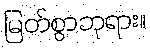
မြတ်စွာဘုရား။